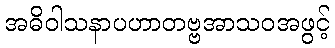
အဓိဝါသနာပဟာတဗ္ဗအာသဝအဖွင့်